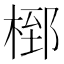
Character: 𭪸